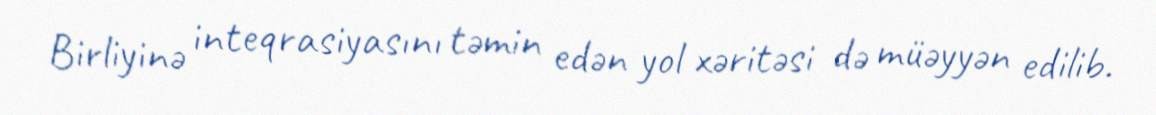
Birliyinə inteqrasiyasını təmin edən yol xəritəsi də müəyyən edilib.